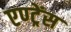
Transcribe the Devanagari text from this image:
एण्ट्रेंस